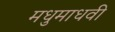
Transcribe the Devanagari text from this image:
मधुमाधवी